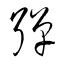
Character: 彈